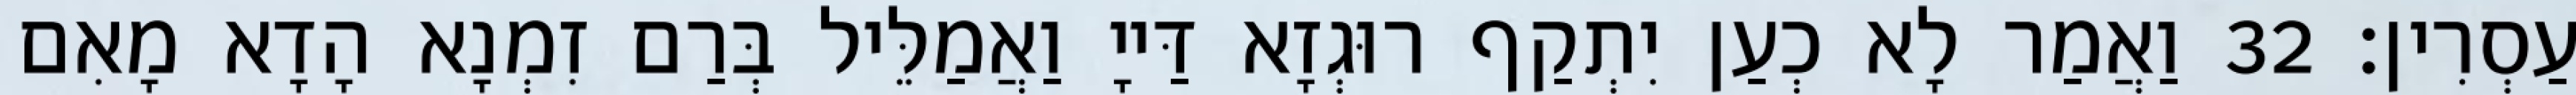
עַסְרִין׃ 32 וַאֲמַר לָא כְעַן יִתְקַף רוּגְזָא דַּייָ וַאֲמַלֵּיל בְּרַם זִמְנָא הָדָא מָאִם